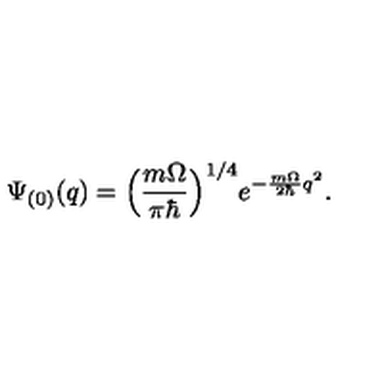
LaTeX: \Psi _ { ( 0 ) } ( q ) = \Bigl ( \frac { m \Omega } { \pi \hbar } \Bigr ) ^ { 1 / 4 } e ^ { - \frac { m \Omega } { 2 \hbar } q ^ { 2 } } .